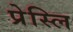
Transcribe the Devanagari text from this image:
प्रेस्लि